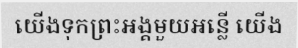
យើងទុកព្រះអង្គមួយអន្លើ យើង